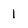
Character: 1